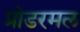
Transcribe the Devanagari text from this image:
प्रोडरमल